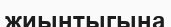
жиынтыгына